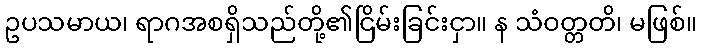
ဥပသမာယ၊ ရာဂအစရှိသည်တို့၏ငြိမ်းခြင်းငှာ။ န သံဝတ္တတိ၊ မဖြစ်။